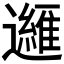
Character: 𲆆